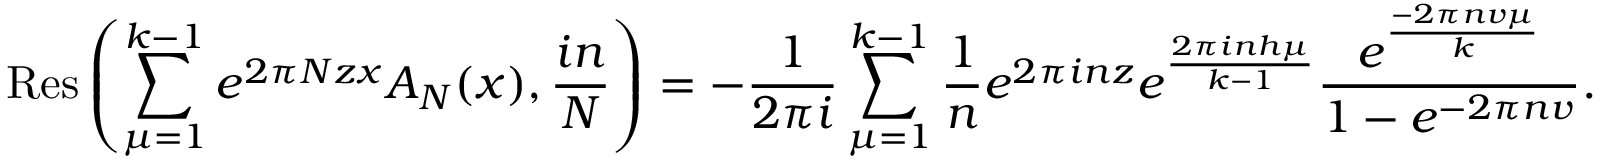
\displaystyle \mathrm { R e s } \left( \sum _ { \mu = 1 } ^ { k - 1 } e ^ { 2 \pi N z x } A _ { N } ( x ) , \frac { i n } { N } \right) = - \frac { 1 } { 2 \pi i } \sum _ { \mu = 1 } ^ { k - 1 } \frac { 1 } { n } e ^ { 2 \pi i n z } e ^ { \frac { 2 \pi i n h \mu } { k - 1 } } \frac { e ^ { \frac { - 2 \pi n v \mu } { k } } } { 1 - e ^ { - 2 \pi n v } } .